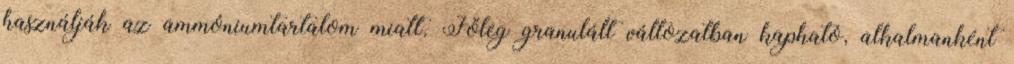
használják az ammóniumtartalom miatt. Főleg granulált változatban kapható, alkalmanként